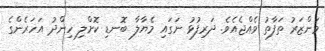
މަންޒަރު ތަފާތު ވެއްޖެއެވެ. ދަރިފުޅު ނަގައި މެޔާލާ ބޮނޑި ކޮށްލި ހިންދު އަހަރެންގެ